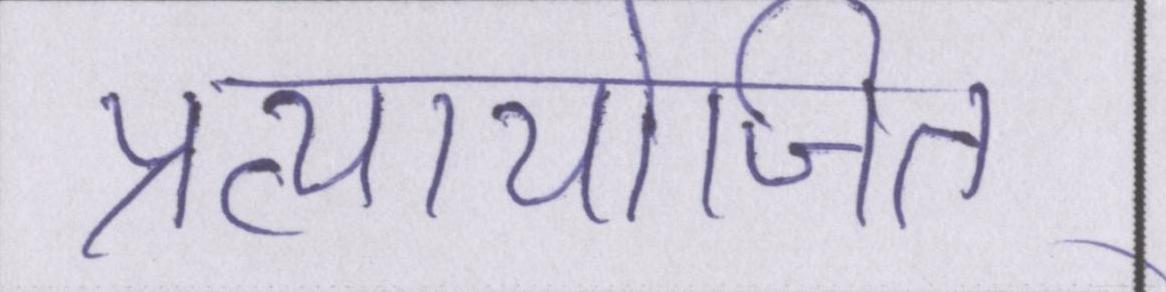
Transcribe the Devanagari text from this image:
प्रत्यायोजित